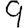
Digit: 9